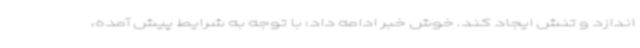
اندازد و تنش ایجاد کند. خوش خبر ادامه داد: با توجه به شرایط پیش آمده،